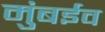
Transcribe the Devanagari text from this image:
मुंबईव